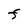
Character: F